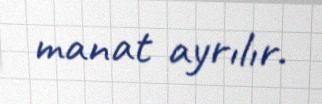
manat ayrılır.